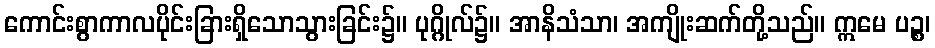
ကောင်းစွာကာလပိုင်းခြားရှိသောသွားခြင်း၌။ ပုဂ္ဂိုလ်၌။ အာနိသံသာ၊ အကျိုးဆက်တို့သည်။ ဣမေ ပဉ္စ၊